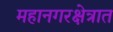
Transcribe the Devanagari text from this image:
महानगरक्षेत्रात